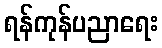
ရန်ကုန်ပညာရေး